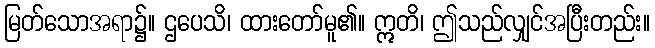
မြတ်သောအရာ၌။ ဌပေသိ၊ ထားတော်မူ၏။ ဣတိ၊ ဤသည်လျှင်အပြီးတည်း။